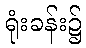
ရုံးခန်း၌